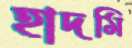
হাদমি